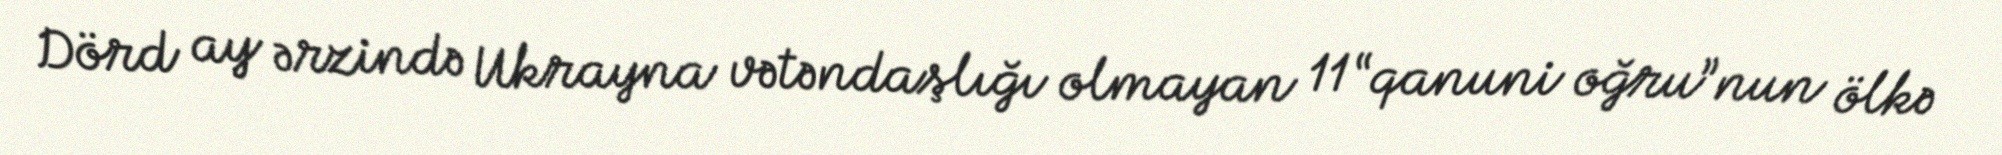
Dörd ay ərzində Ukrayna vətəndaşlığı olmayan 11 “qanuni oğru”nun ölkə